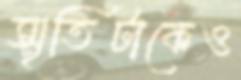
স্মৃতিটাকেও